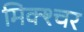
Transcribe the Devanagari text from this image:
मिक्‍श्‍चर